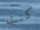
كنت